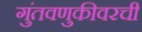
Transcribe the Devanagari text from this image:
गुंतवणुकीवरची